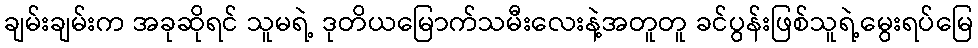
ချမ်းချမ်းက အခုဆိုရင် သူမရဲ့ ဒုတိယမြောက်သမီးလေးနဲ့အတူတူ ခင်ပွန်းဖြစ်သူရဲ့မွေးရပ်မြေ